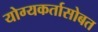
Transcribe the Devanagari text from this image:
योग्यकर्तासोबत